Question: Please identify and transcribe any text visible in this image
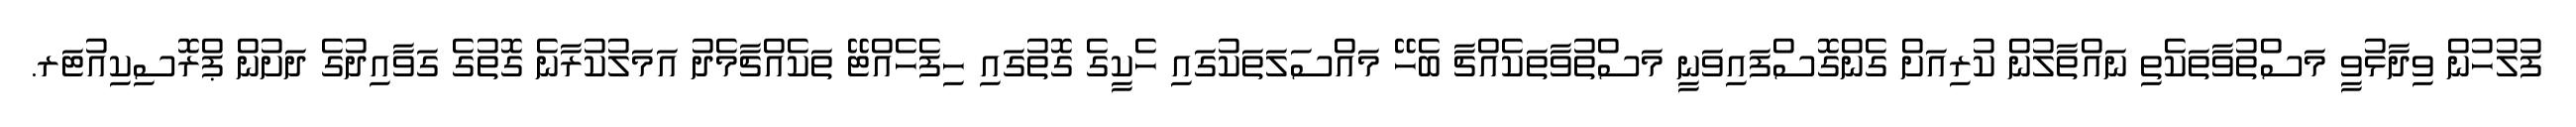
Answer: ފުލުހުން ވިދާޅުވީ މަސްތުވާތަކެތި ނައްތާލުން ކުރިއަށް ގެންގޮސްފައިވަނީ މަސްތުވާތަކެއްޗާ ބެހޭ މައްސަލަތަކުގައި ހެކީގެ ގޮތުގައި ހިފެހެއްޓޭ ތަކެއްޗާމެދު އަމަލުކުރާނެ ގޮތުގެ ގަވާއިދުގެ ދަށުން ޕްރޮސިކިއުޓަރ.